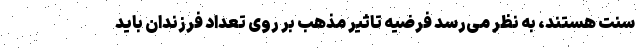
سنت هستند، به نظر می‌رسد فرضیه تاثیر مذهب بر روی تعداد فرزندان باید